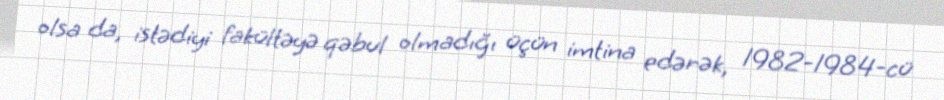
olsa da, istədiyi fakültəyə qəbul olmadığı üçün imtina edərək, 1982-1984-cü